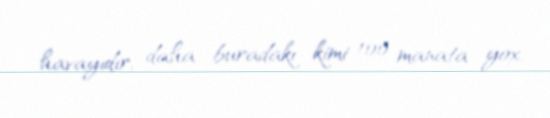
havayıdır, daha buradakı kimi 100 manata yox.